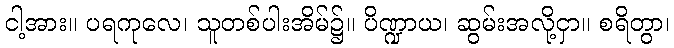
ငါ့အား။ ပရကုလေ၊ သူတစ်ပါးအိမ်၌။ ပိဏ္ဍာယ၊ ဆွမ်းအလို့ငှာ။ စရိတွာ၊